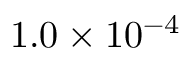
1 . 0 \times 1 0 ^ { - 4 }